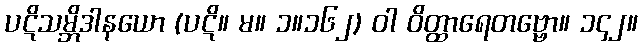
ပဋိသမ္ဘိဒါနယော (ပဋိ။ မ။ ၁။၁၆၂) ဝါ ဝိတ္ထာရေတဗ္ဗော။ ၁၄၂။